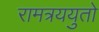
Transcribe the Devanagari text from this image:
रामत्रययुतो